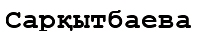
Сарқытбаева